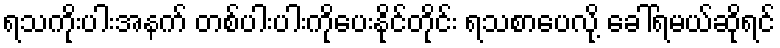
ရသကိုးပါးအနက် တစ်ပါးပါးကိုပေးနိုင်တိုင်း ရသစာပေလို့ ခေါ်ရမယ်ဆိုရင်